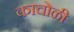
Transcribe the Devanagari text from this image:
काचोळी